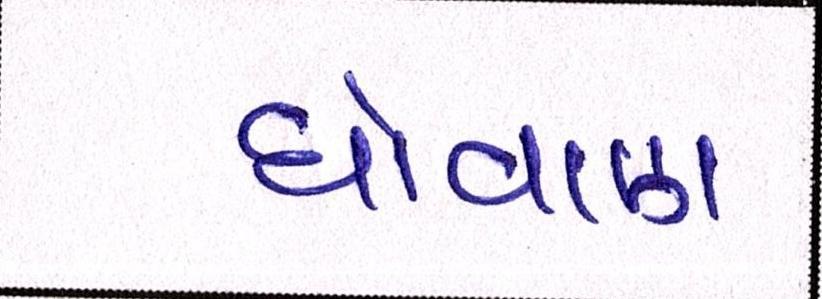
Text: ધોવાણ